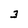
Character: 3